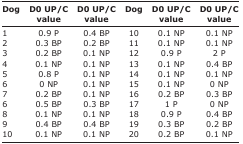
<table><thead><tr><td><b>Dog</b></td><td><b>D0 UP/C value</b></td><td><b>D0 UP/C value</b></td><td><b>Dog</b></td><td><b>D0 UP/C value</b></td><td><b>D0 UP/C value</b></td></tr></thead><tbody><tr><td>1</td><td>0.9 P</td><td>0.4 BP</td><td>10</td><td>0.1 NP</td><td>0.1 NP</td></tr><tr><td>2</td><td>0.3 BP</td><td>0.2 BP</td><td>11</td><td>0.1 NP</td><td>0.1 NP</td></tr><tr><td>3</td><td>0.2 BP</td><td>0.1 NP</td><td>12</td><td>0.9 P</td><td>2 P</td></tr><tr><td>4</td><td>0.1 NP</td><td>0.1 NP</td><td>13</td><td>0.1 NP</td><td>0.4 BP</td></tr><tr><td>5</td><td>0.8 P</td><td>0.1 NP</td><td>14</td><td>0.1 NP</td><td>0.1 NP</td></tr><tr><td>6</td><td>0 NP</td><td>0.1 NP</td><td>15</td><td>0.1 NP</td><td>0 NP</td></tr><tr><td>7</td><td>0.2 BP</td><td>0.1 NP</td><td>16</td><td>0.2 BP</td><td>0.3 BP</td></tr><tr><td>6</td><td>0.5 BP</td><td>0.3 BP</td><td>17</td><td>1 P</td><td>0 NP</td></tr><tr><td>8</td><td>0.1 NP</td><td>0.1 NP</td><td>18</td><td>0.9 P</td><td>0.4 BP</td></tr><tr><td>9</td><td>0.4 BP</td><td>0.4 BP</td><td>19</td><td>0.3 BP</td><td>0.2 BP</td></tr><tr><td>10</td><td>0.1 NP</td><td>0.1 NP</td><td>20</td><td>0.2 BP</td><td>0.1 NP</td></tr></tbody></table>